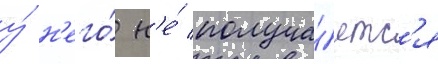
у́ н'его́ н'е́ получа́етс'я